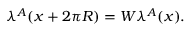
\lambda ^ { A } ( x + 2 \pi R ) = W \lambda ^ { A } ( x ) .